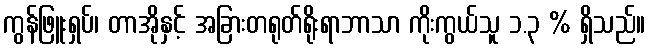
ကွန်ဖြူးရှပ်၊ တာအိုနှင့် အခြားတရုတ်ရိုးရာဘာသာ ကိုးကွယ်သူ ၁.၃ % ရှိသည်။